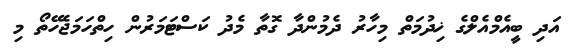
އަދި ބީއެމްއެލްގެ ޚިދުމަތް މިހާރު ދެމުންދާ ގޮތާ މެދު ކަސްޓަމަރުން ހިތްހަމަޖެހޭތޯ މި